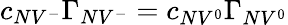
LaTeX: c_{NV^{-}}\Gamma_{NV^{-}}=c_{NV^{0}}\Gamma_{NV^{0}}